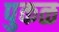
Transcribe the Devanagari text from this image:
पुकळ